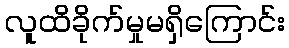
လူထိခိုက်မှုမရှိကြောင်း